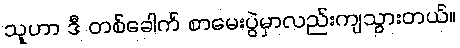
သူဟာ ဒီ တစ်ခေါက် စာမေးပွဲမှာလည်းကျသွားတယ်။